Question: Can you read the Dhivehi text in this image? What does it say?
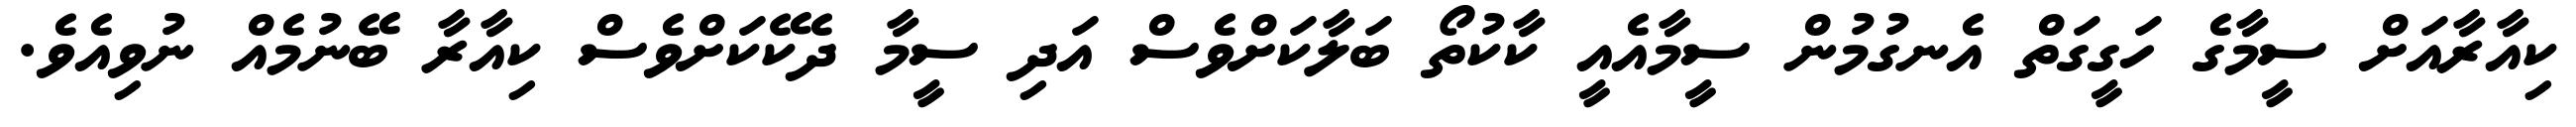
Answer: ކިއާރާއަށް ސީމާގެ ހަގީގަތް އެނގުމުން ސީމާއެއީ ކާކުތޯ ބަލާކަށްވެސް އަދި ސީމާ ދެކޭކަށްވެސް ކިއާރާ ބޭނުމެއް ނުވިއެވެ.